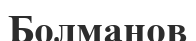
Болманов